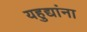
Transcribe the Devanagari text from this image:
यहुद्यांना